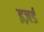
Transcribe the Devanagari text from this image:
इज़र्ड